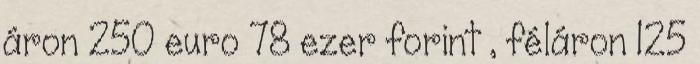
áron 250 euro 78 ezer forint , féláron 125